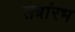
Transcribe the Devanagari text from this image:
सत्रांरभ